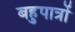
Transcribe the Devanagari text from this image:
बहुपात्रों